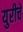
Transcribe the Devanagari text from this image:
युरीचे